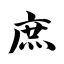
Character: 庶